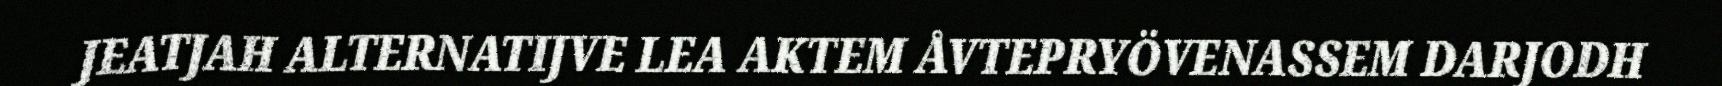
JEATJAH ALTERNATIJVE LEA AKTEM ÅVTEPRYÖVENASSEM DARJODH